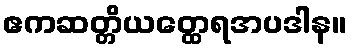
ဧကဆတ္တိယတ္ထေရအပဒါန။